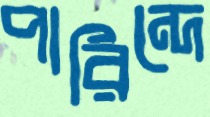
পারিন্দে